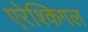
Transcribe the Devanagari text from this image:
एरेश्किगल